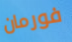
فورمان